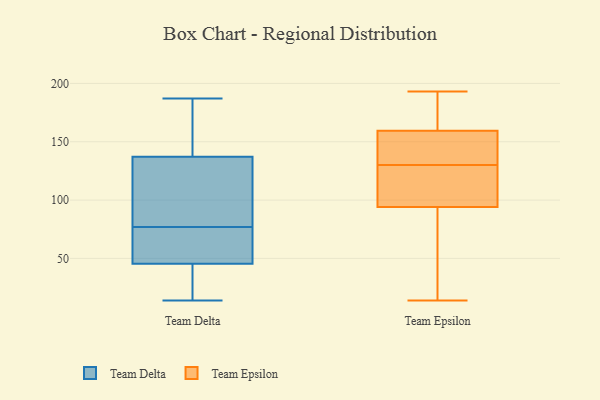
{"axis": {"x": "Energy Usage (MWh)", "y": "Value"}, "legend": ["Team Delta", "Team Epsilon"], "data": [{"x": "", "y": 146, "type": "Team Delta"}, {"x": "", "y": 68, "type": "Team Delta"}, {"x": "", "y": 187, "type": "Team Delta"}, {"x": "", "y": 73, "type": "Team Delta"}, {"x": "", "y": 69, "type": "Team Delta"}, {"x": "", "y": 106, "type": "Team Delta"}, {"x": "", "y": 123, "type": "Team Delta"}, {"x": "", "y": 142, "type": "Team Delta"}, {"x": "", "y": 38, "type": "Team Delta"}, {"x": "", "y": 102, "type": "Team Delta"}, {"x": "", "y": 34, "type": "Team Delta"}, {"x": "", "y": 31, "type": "Team Delta"}, {"x": "", "y": 14, "type": "Team Delta"}, {"x": "", "y": 77, "type": "Team Delta"}, {"x": "", "y": 149, "type": "Team Delta"}, {"x": "", "y": 14, "type": "Team Epsilon"}, {"x": "", "y": 193, "type": "Team Epsilon"}, {"x": "", "y": 100, "type": "Team Epsilon"}, {"x": "", "y": 161, "type": "Team Epsilon"}, {"x": "", "y": 159, "type": "Team Epsilon"}, {"x": "", "y": 22, "type": "Team Epsilon"}, {"x": "", "y": 135, "type": "Team Epsilon"}, {"x": "", "y": 124, "type": "Team Epsilon"}, {"x": "", "y": 167, "type": "Team Epsilon"}, {"x": "", "y": 123, "type": "Team Epsilon"}, {"x": "", "y": 137, "type": "Team Epsilon"}, {"x": "", "y": 130, "type": "Team Epsilon"}, {"x": "", "y": 76, "type": "Team Epsilon"}]}